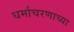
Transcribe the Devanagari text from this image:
धर्माचरणाच्या